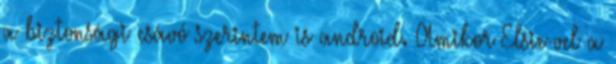
a biztonsági csávó szerintem is android. Amikor Elsie-vel a